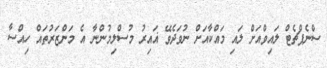
ސްނެޕްޗެޓް ލައިވްއަށް ލައި މައްކާއަށް ނުވަދެވޭ ޣައިރު މުސްލިމުންނާ އެ މަންޒަރުތައް ހިއްސާ